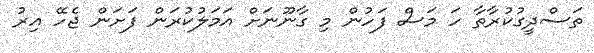
ތަސްދީގުކުރާތާ ހަ މަސް ފަހުން މި ގާނޫނަށް އަމަލުކުރަން ފަށަން ޖެހޭ އިރު